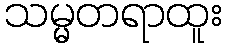
သမ္မတရာထူး